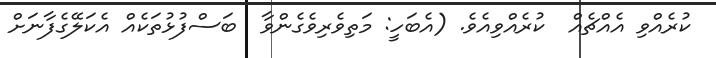
ކުރެއްވި އެއްޗެއް  ކުރެއްވިއެވެ. (އެބަހީ: މަތިވެރިވެގެންވާ  ބަސްފުޅުތަކެއް އެކަލޭގެފާނަށް